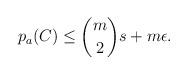
LaTeX: \begin{align*}p_a(C)\leq \binom{m}{2}s+m\epsilon.\end{align*}